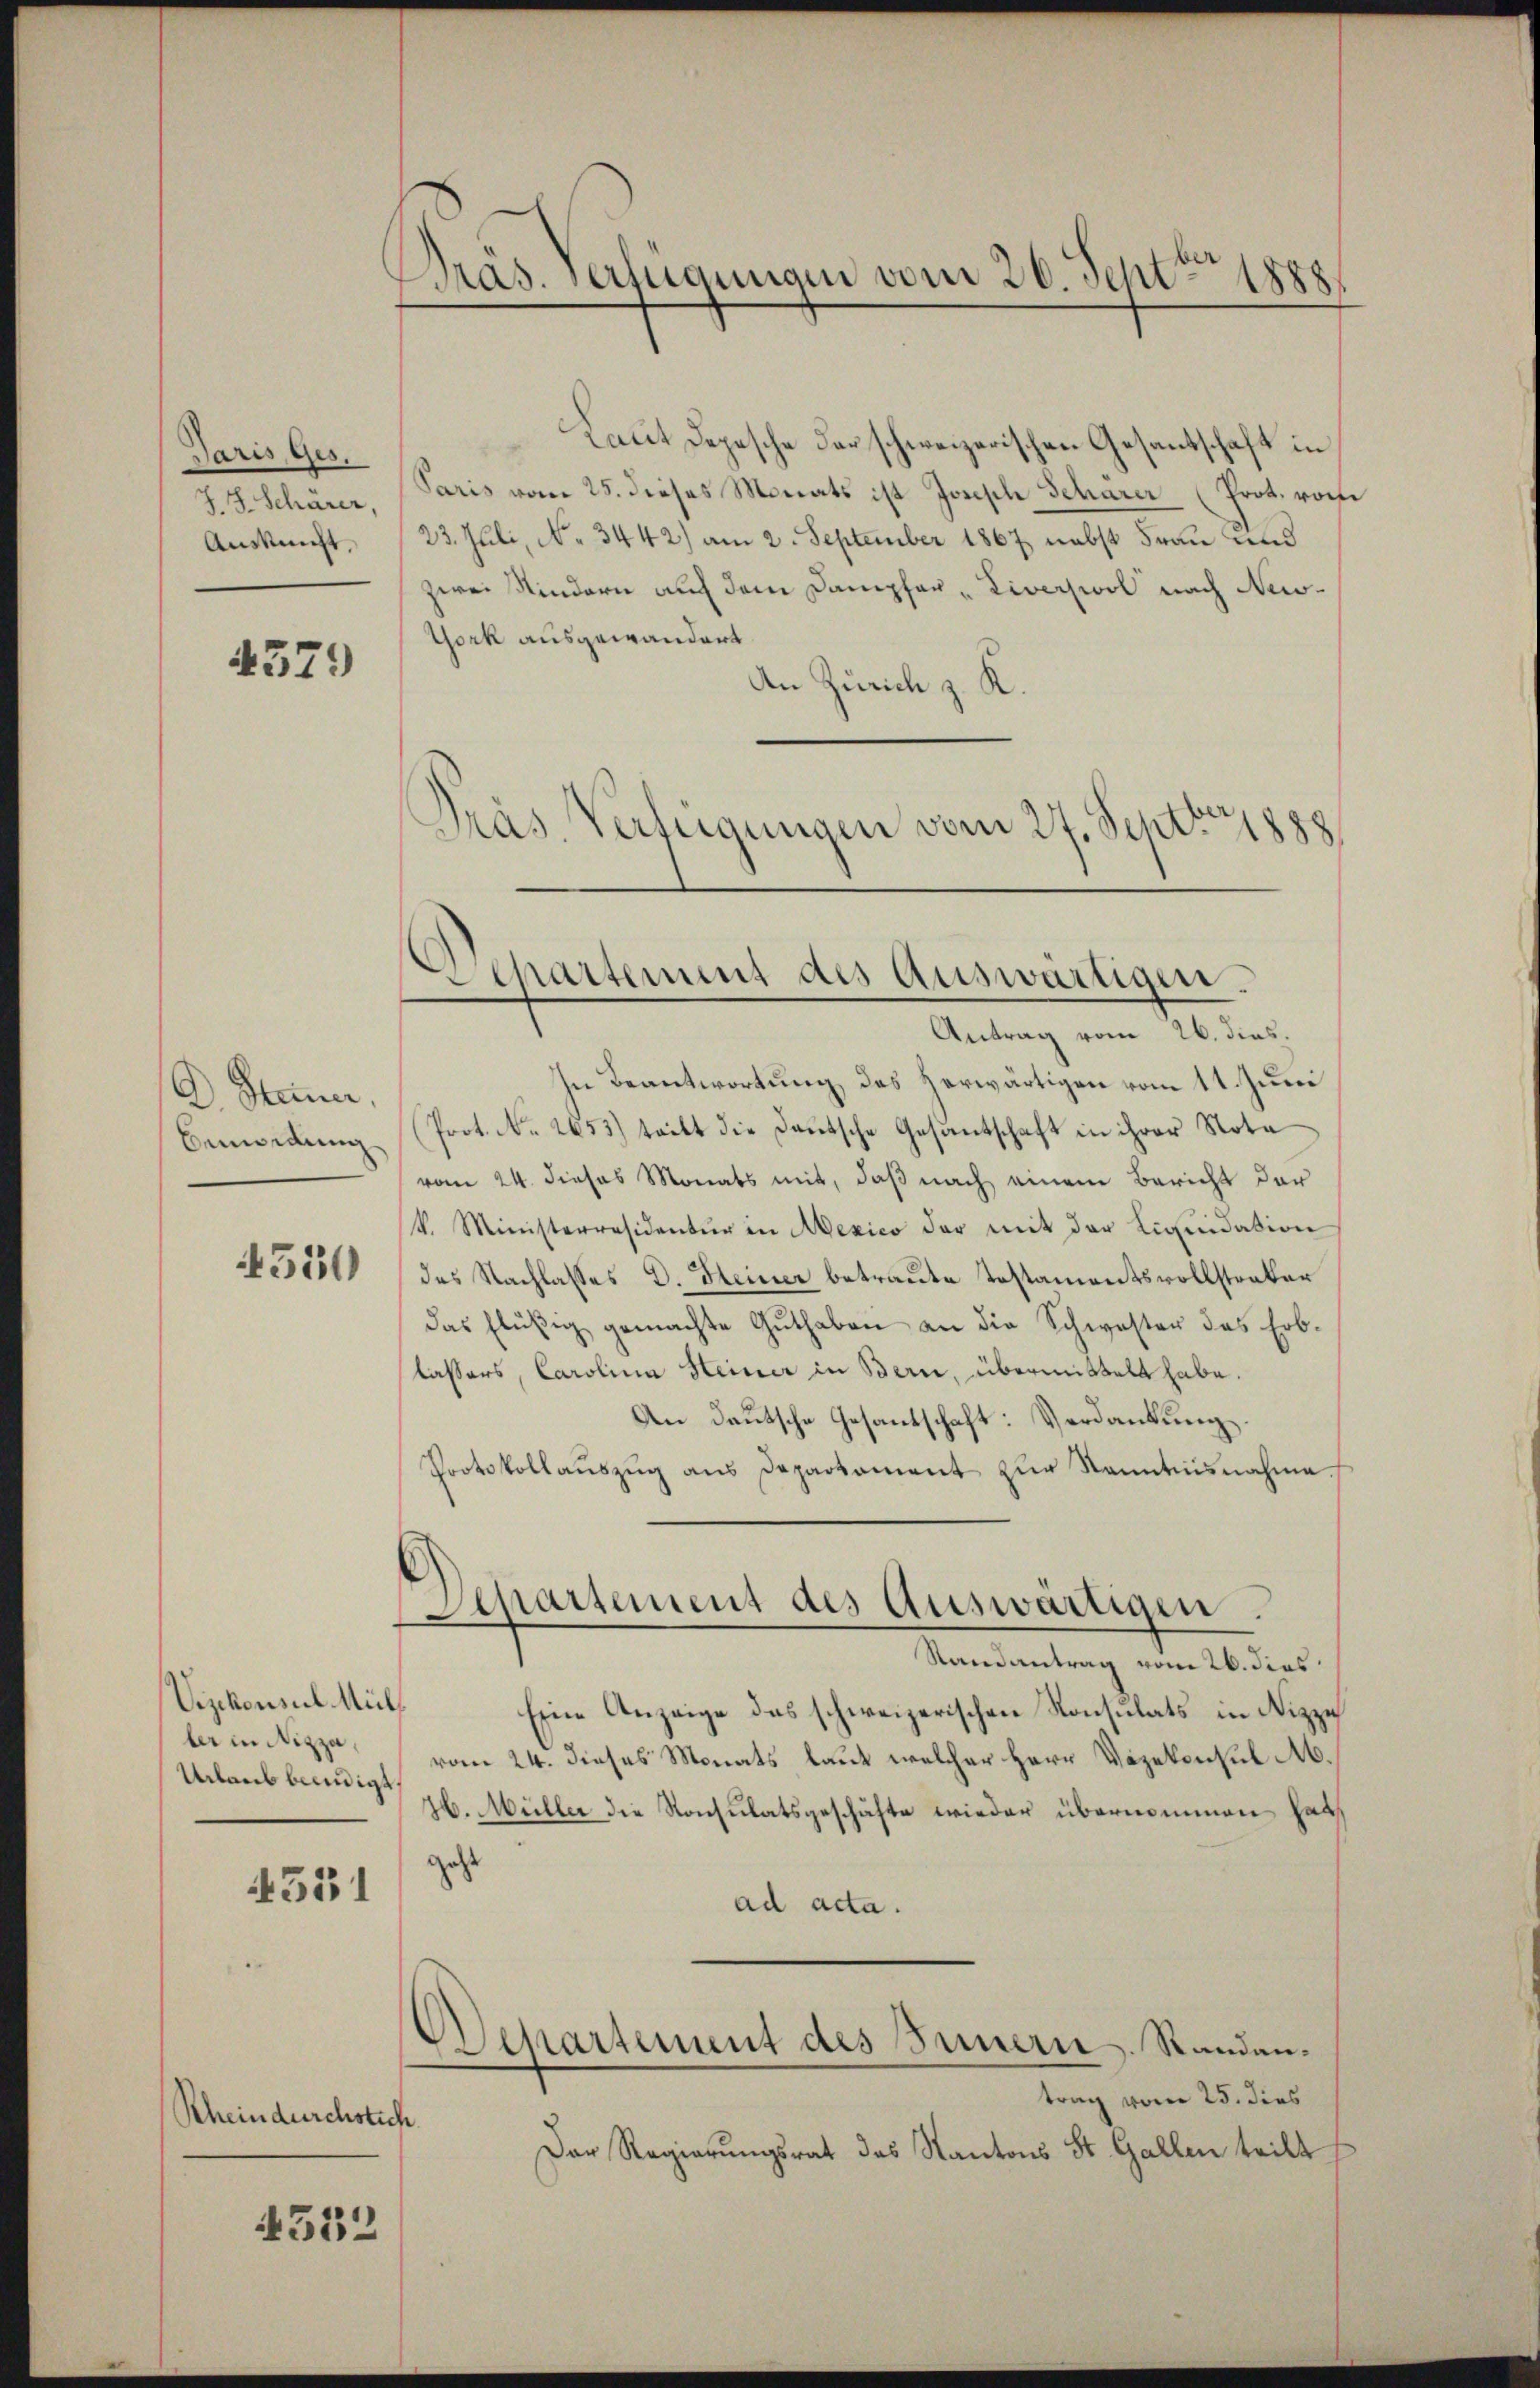
Paris, Ges.
J. J. Schärer,
Auskunft,

4579

D Steuer,
Bemordung

4550

Vizekonsul Mülber in Nizza,
Urlaub beendigt,

531

Rheindurchstich.

4552

Pras. verfügungen vom 26. Sept. 1888.

Laut Depesche darschweizerischen Gesantschaft in
Paris vom 25. dieses Monats ist Joseph Scharer (Prot. vom
23. Juli, No 3442) am 2. September 1867, nebst Frau und
zwei Kindern auf dem Dampfer-Liverswol nach New-
York ausgewandert.
An Zürich z. K.
Präs. Verfügungen vom 27. Septbr p

Antrag vom 26. dies.
In Beantwortung des herwärtigen vom 11. Juni
Prot. No. 2653) teilt die Deutsche Gesantschaft in ihrer Nota
vom 24. dieses Monats mit, daß nach einem Bericht der
k. Ministerresidentŭr in Mexico der mit der Liquidation
des Nachlasses D. Seiner betraute Testamentsvollstraker
das flüßig gemachte Guthaben an die Schwester des Erblassers, Carolina Heiner in Bern, übermittelt habe.
An deutsche Gesantschaft: Verdankung.
Protokollaŭszŭg ans Departament zŭr Nanntnisnahme.
Randantrag vom 26. dies
Eine Anzeige des schweizerischen Konsulats in Nizze
vom 24. dieses Monats, laut welcher Herr Vizekonsul M.
26. Müller die Konsulatsgeschäfte wieder übernommen hat,
als
ad acta.
Departement des Innern. Randantrag vom 25. dies
Der Regierungsrat das Kantons St. Gallen teilt

Departement des Auswärtigen.

Separtement des Auswärtigen.